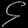
Digit: ၄